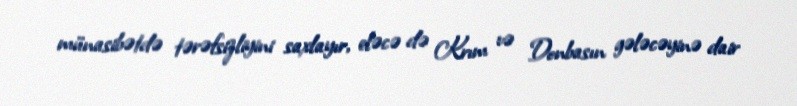
münasibətdə tərəfsizliyini saxlayır, eləcə də Krım və Donbasın gələcəyinə dair